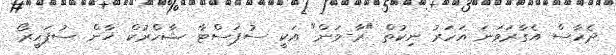
ދެހާސް އެގާރަވަނަ އަހަރު ނިކުތް "ރާ-ވަން" އަކީ ސުޕަސްޓާ ޝާހްރުކް ޚާން ސުޕަހީރޯ